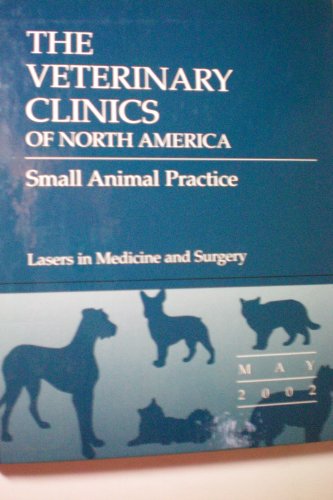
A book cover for The Veterinary Clinics of North America, Small Animal Practice: Lasers in Medicine and Surgery, Volume 32, Issue 3 (May 2002); Medical Books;